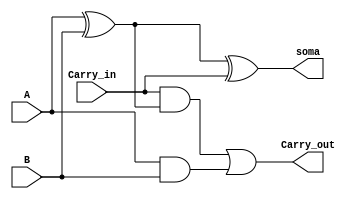
/*somador completo de 1 bit. Esse arquivo nao possui testbench pois seu teste eh realizado pelo somador de 8 bits*/

module somador1Bit(A, B, Carry_in, Carry_out, soma);

input A, B, Carry_in;
output Carry_out, soma;

wire w1, w2, w3;

xor u0 (w1, A, B);
xor u1 (soma, w1, Carry_in);
and u2 (w2, Carry_in, w1);
and u3 (w3, A, B);
or u4 (Carry_out, w2, w3); 


endmodule